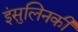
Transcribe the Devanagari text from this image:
इंसुलिनकी